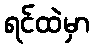
ရင်ထဲမှာ